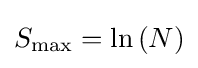
S_{\text{max}}=\ln \left({N}\right)